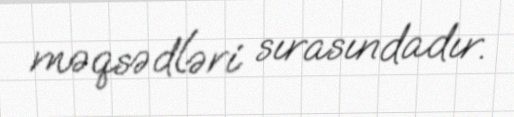
məqsədləri sırasındadır.